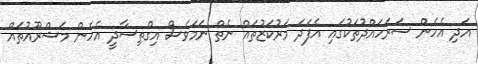
އަދި އެހެން ސަރަހައްދުތަކުގައި އެފަދަ މަރުކަޒުތައް ނެތް ނަމަވެސް އިގްތިސާދީ އެހެން މަޝްރޫއުތައް